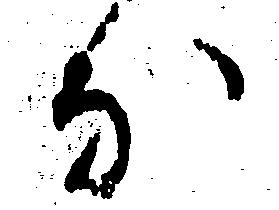
な